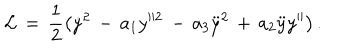
LaTeX: { \cal L } \, = \, \frac { 1 } { 2 } \left( \dot { y } ^ { 2 } \, - \, a _ { 1 } y ^ { 2 } \, - \, a _ { 3 } \ddot { y } ^ { 2 } \, + \, a _ { 2 } \ddot { y } y ^ { \prime \prime } \right) .